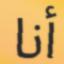
أنا